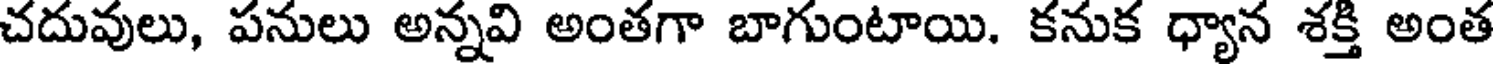
చదువులు, పనులు అన్నవి అంతగా బాగుంటాయి. కనుక ధ్యాన శక్తి అంత